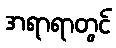
အရာရာတွင်